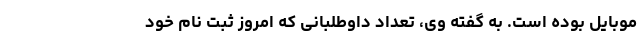
موبایل بوده است. به گفته وی، تعداد داوطلبانی که امروز ثبت نام خود